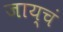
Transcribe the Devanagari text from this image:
जाय्चं